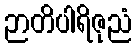
ဉာတိပါရိဇုညံ